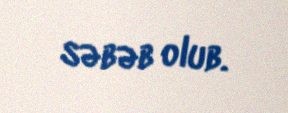
səbəb olub.